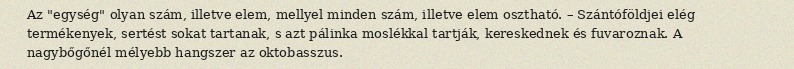
Az "egység" olyan szám, illetve elem, mellyel minden szám, illetve elem osztható. – Szántóföldjei elég termékenyek, sertést sokat tartanak, s azt pálinka moslékkal tartják, kereskednek és fuvaroznak. A nagybőgőnél mélyebb hangszer az oktobasszus.